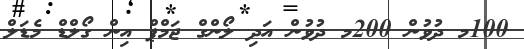
100މ ދުވުން 200މ ދުވުން އަދި ލޯންގް ޖަމްޕް އިން ގޯލްޑް މެޑަލް